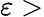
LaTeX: \varepsilon>